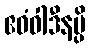
ဧဝံဝါဒီနမ္ပိ